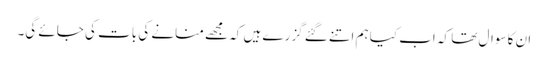
ان کا سوال تھا کہ اب کیا ہم اتنے گئے گزرے ہیں کہ مجھے منانے کی بات کی جائے گی۔